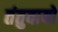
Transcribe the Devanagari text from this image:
तंतुवायो